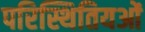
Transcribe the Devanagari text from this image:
परिस्थितियओं